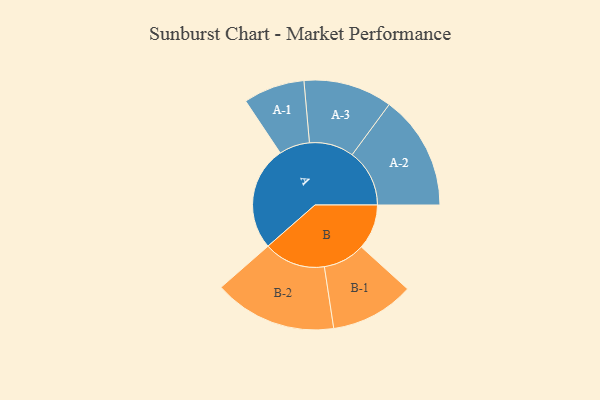
{"axis": {"x": "Segment", "y": "Value"}, "legend": ["", "A", "B"], "data": [{"x": "A", "y": 453, "type": ""}, {"x": "B", "y": 196, "type": ""}, {"x": "A-1", "y": 133, "type": "A"}, {"x": "A-2", "y": 249, "type": "A"}, {"x": "A-3", "y": 193, "type": "A"}, {"x": "B-1", "y": 182, "type": "B"}, {"x": "B-2", "y": 267, "type": "B"}]}